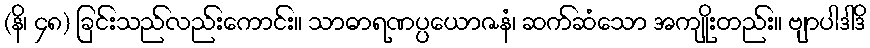
(နိ၊ ၄၈) ခြင်းသည်လည်းကောင်း။ သာဓာရဏပ္ပယောဇနံ၊ ဆက်ဆံသော အကျိုးတည်း။ ဗျာပါဒါဒိ